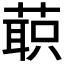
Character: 𰱲